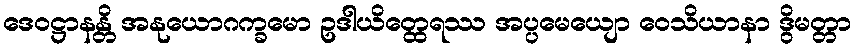
ဒေဝဋ္ဌာနန္တိ အနုယောဂက္ခမော ဥဒါယိတ္ထေရဿ အပ္ပမေယျော ဝေသိယာနာ ဒွိမတ္တာ